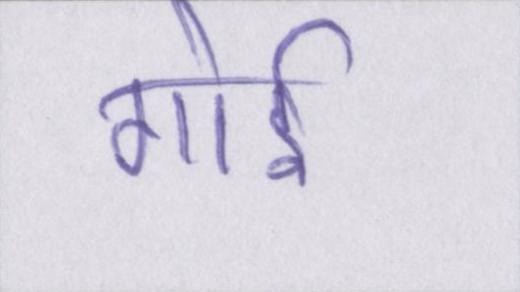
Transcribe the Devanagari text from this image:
गोई